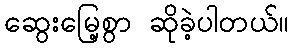
ဆွေးမြေ့စွာ ဆိုခဲ့ပါတယ်။